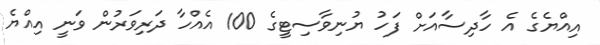
އިއްޔެގެ އެ ހާދިސާއަށް ފަހު ޔުނިވާސިޓީގެ 100 އެއްހާ ދަރިވަރުން ވަނީ އިއްޔެ